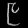
Digit: ၉